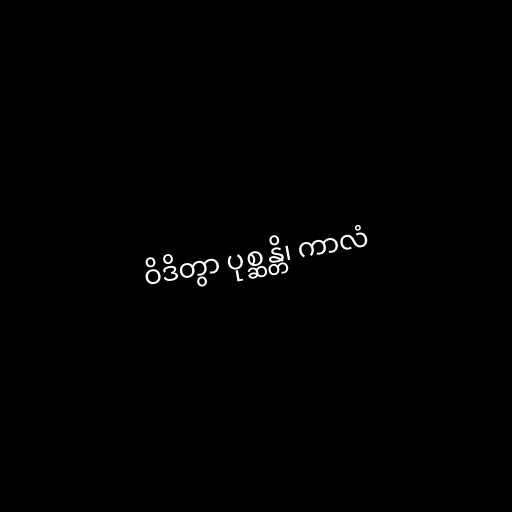
ဝိဒိတွာ ပုစ္ဆန္တိ၊ ကာလံ